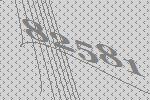
82581